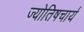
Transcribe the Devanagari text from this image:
ज्योतिषचार्य